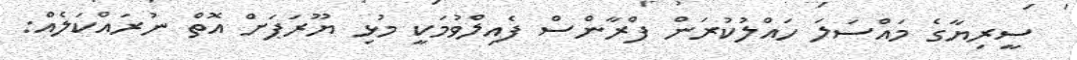
ސީރިޔާގެ މައްސަލަ ހައްލުކުރަން ފްރާންސް ފެއިލްވުމަކީ މުޅި ޔޫރަޕަށް އޮތް ނުރައްކަލެއް: